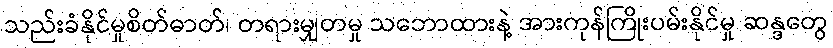
သည်းခံနိုင်မှုစိတ်ဓာတ်၊ တရားမျှတမှု သဘောထားနဲ့ အားကုန်ကြိုးပမ်းနိုင်မှု ဆန္ဒတွေ